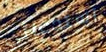
استدعائي